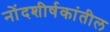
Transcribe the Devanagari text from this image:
नोंदशीर्षकांतील